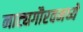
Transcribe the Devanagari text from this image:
नाट्यगौरवमध्ये